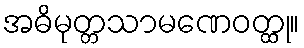
အဓိမုတ္တသာမဏေဝတ္ထု။